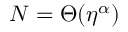
N = \Theta ( \eta ^ { \alpha } )